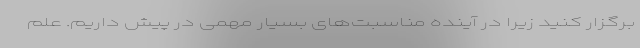
برگزار کنید زیرا در آینده مناسبت‌های بسیار مهمی در پیش داریم. علم